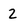
Character: 2